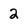
Character: 2